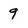
Character: 9